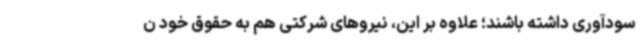
سودآوری داشته باشند؛ علاوه بر این، نیروهای شرکتی هم به حقوق خود ن